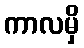
ကာလမှိ